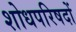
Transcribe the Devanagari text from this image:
शोधपरिषदों